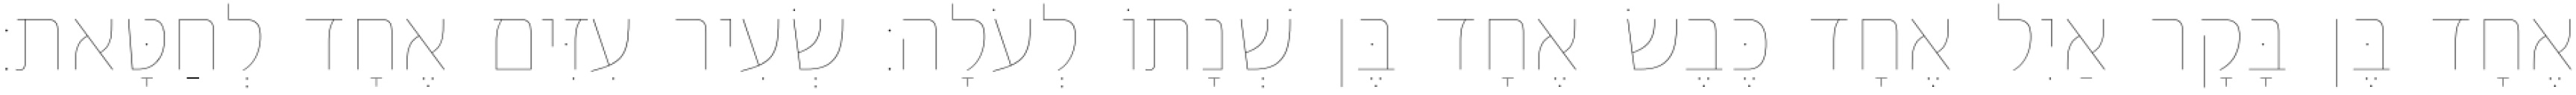
אֶחָד בֶּן בָּקָר אַיִל אֶחָד כֶּבֶשׂ אֶחָד בֶּן שְׁנָתוֹ לְעֹלָה׃ שְׂעִיר עִזִּים אֶחָד לְחַטָּאת׃